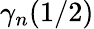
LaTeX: \gamma_{n}(1/2)